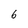
Character: 6